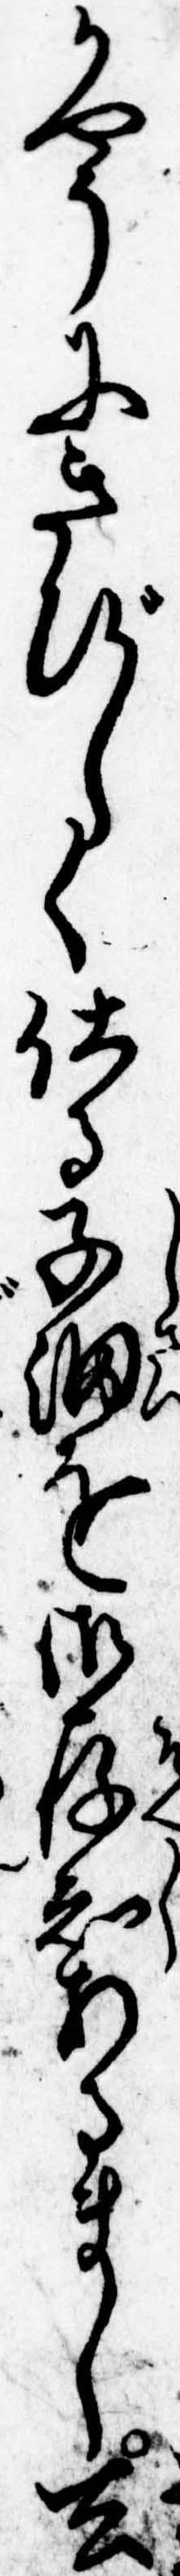
かやうにきびしく仕る子細を御存知あるまし去